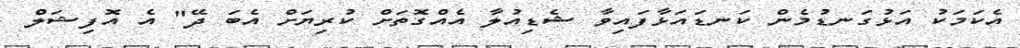
އެކަމަކު އަޅުގަނޑުމެން ކަނޑައަޅާފައިވާ ޝެޑިއުލާ އެއްގޮތަށް ކުރިޔަށް އެބަ ދޭ" އެ އޮފިޝަލް